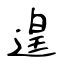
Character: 遑